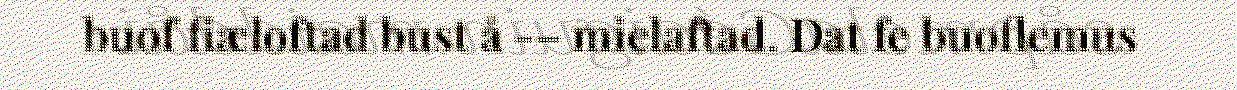
buof fiæloftad bust å -– mielaftad. Dat fe buoflemus